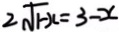
2 \sqrt { 1 - x } = 3 - x